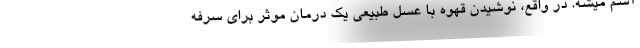
آسم میشه. در واقع، نوشیدن قهوه با عسل طبیعی یک درمان موثر برای سرفه